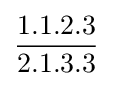
{\frac {1.1.2.3}{2.1.3.3}}